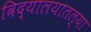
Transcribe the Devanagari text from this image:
विद्यालयातल्या